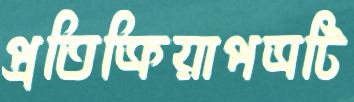
প্রতিক্রিয়াপত্রটি